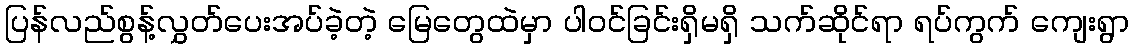
ပြန်လည်စွန့်လွှတ်ပေးအပ်ခဲ့တဲ့ မြေတွေထဲမှာ ပါဝင်ခြင်းရှိမရှိ သက်ဆိုင်ရာ ရပ်ကွက် ကျေးရွာ